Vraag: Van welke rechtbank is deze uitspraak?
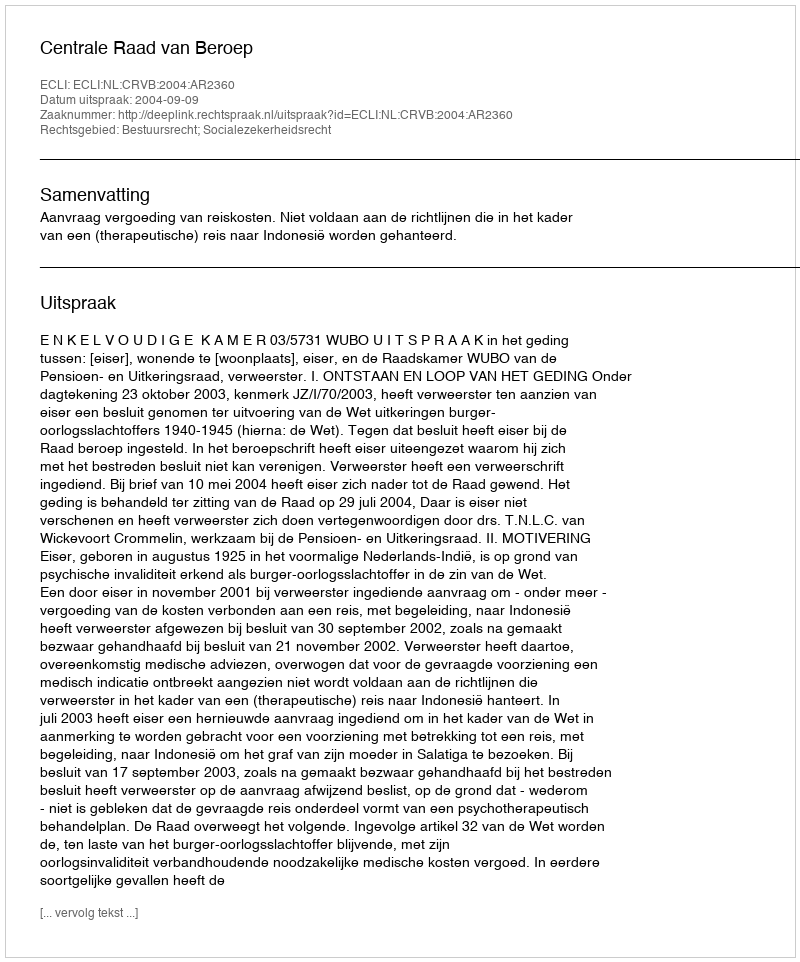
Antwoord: Centrale Raad van Beroep